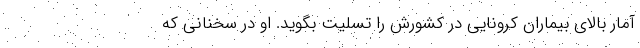
آمار بالای بیماران کرونایی در کشورش را تسلیت بگوید. او در سخنانی که